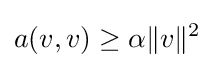
a(v,v)\geq \alpha \|v\|^{2}